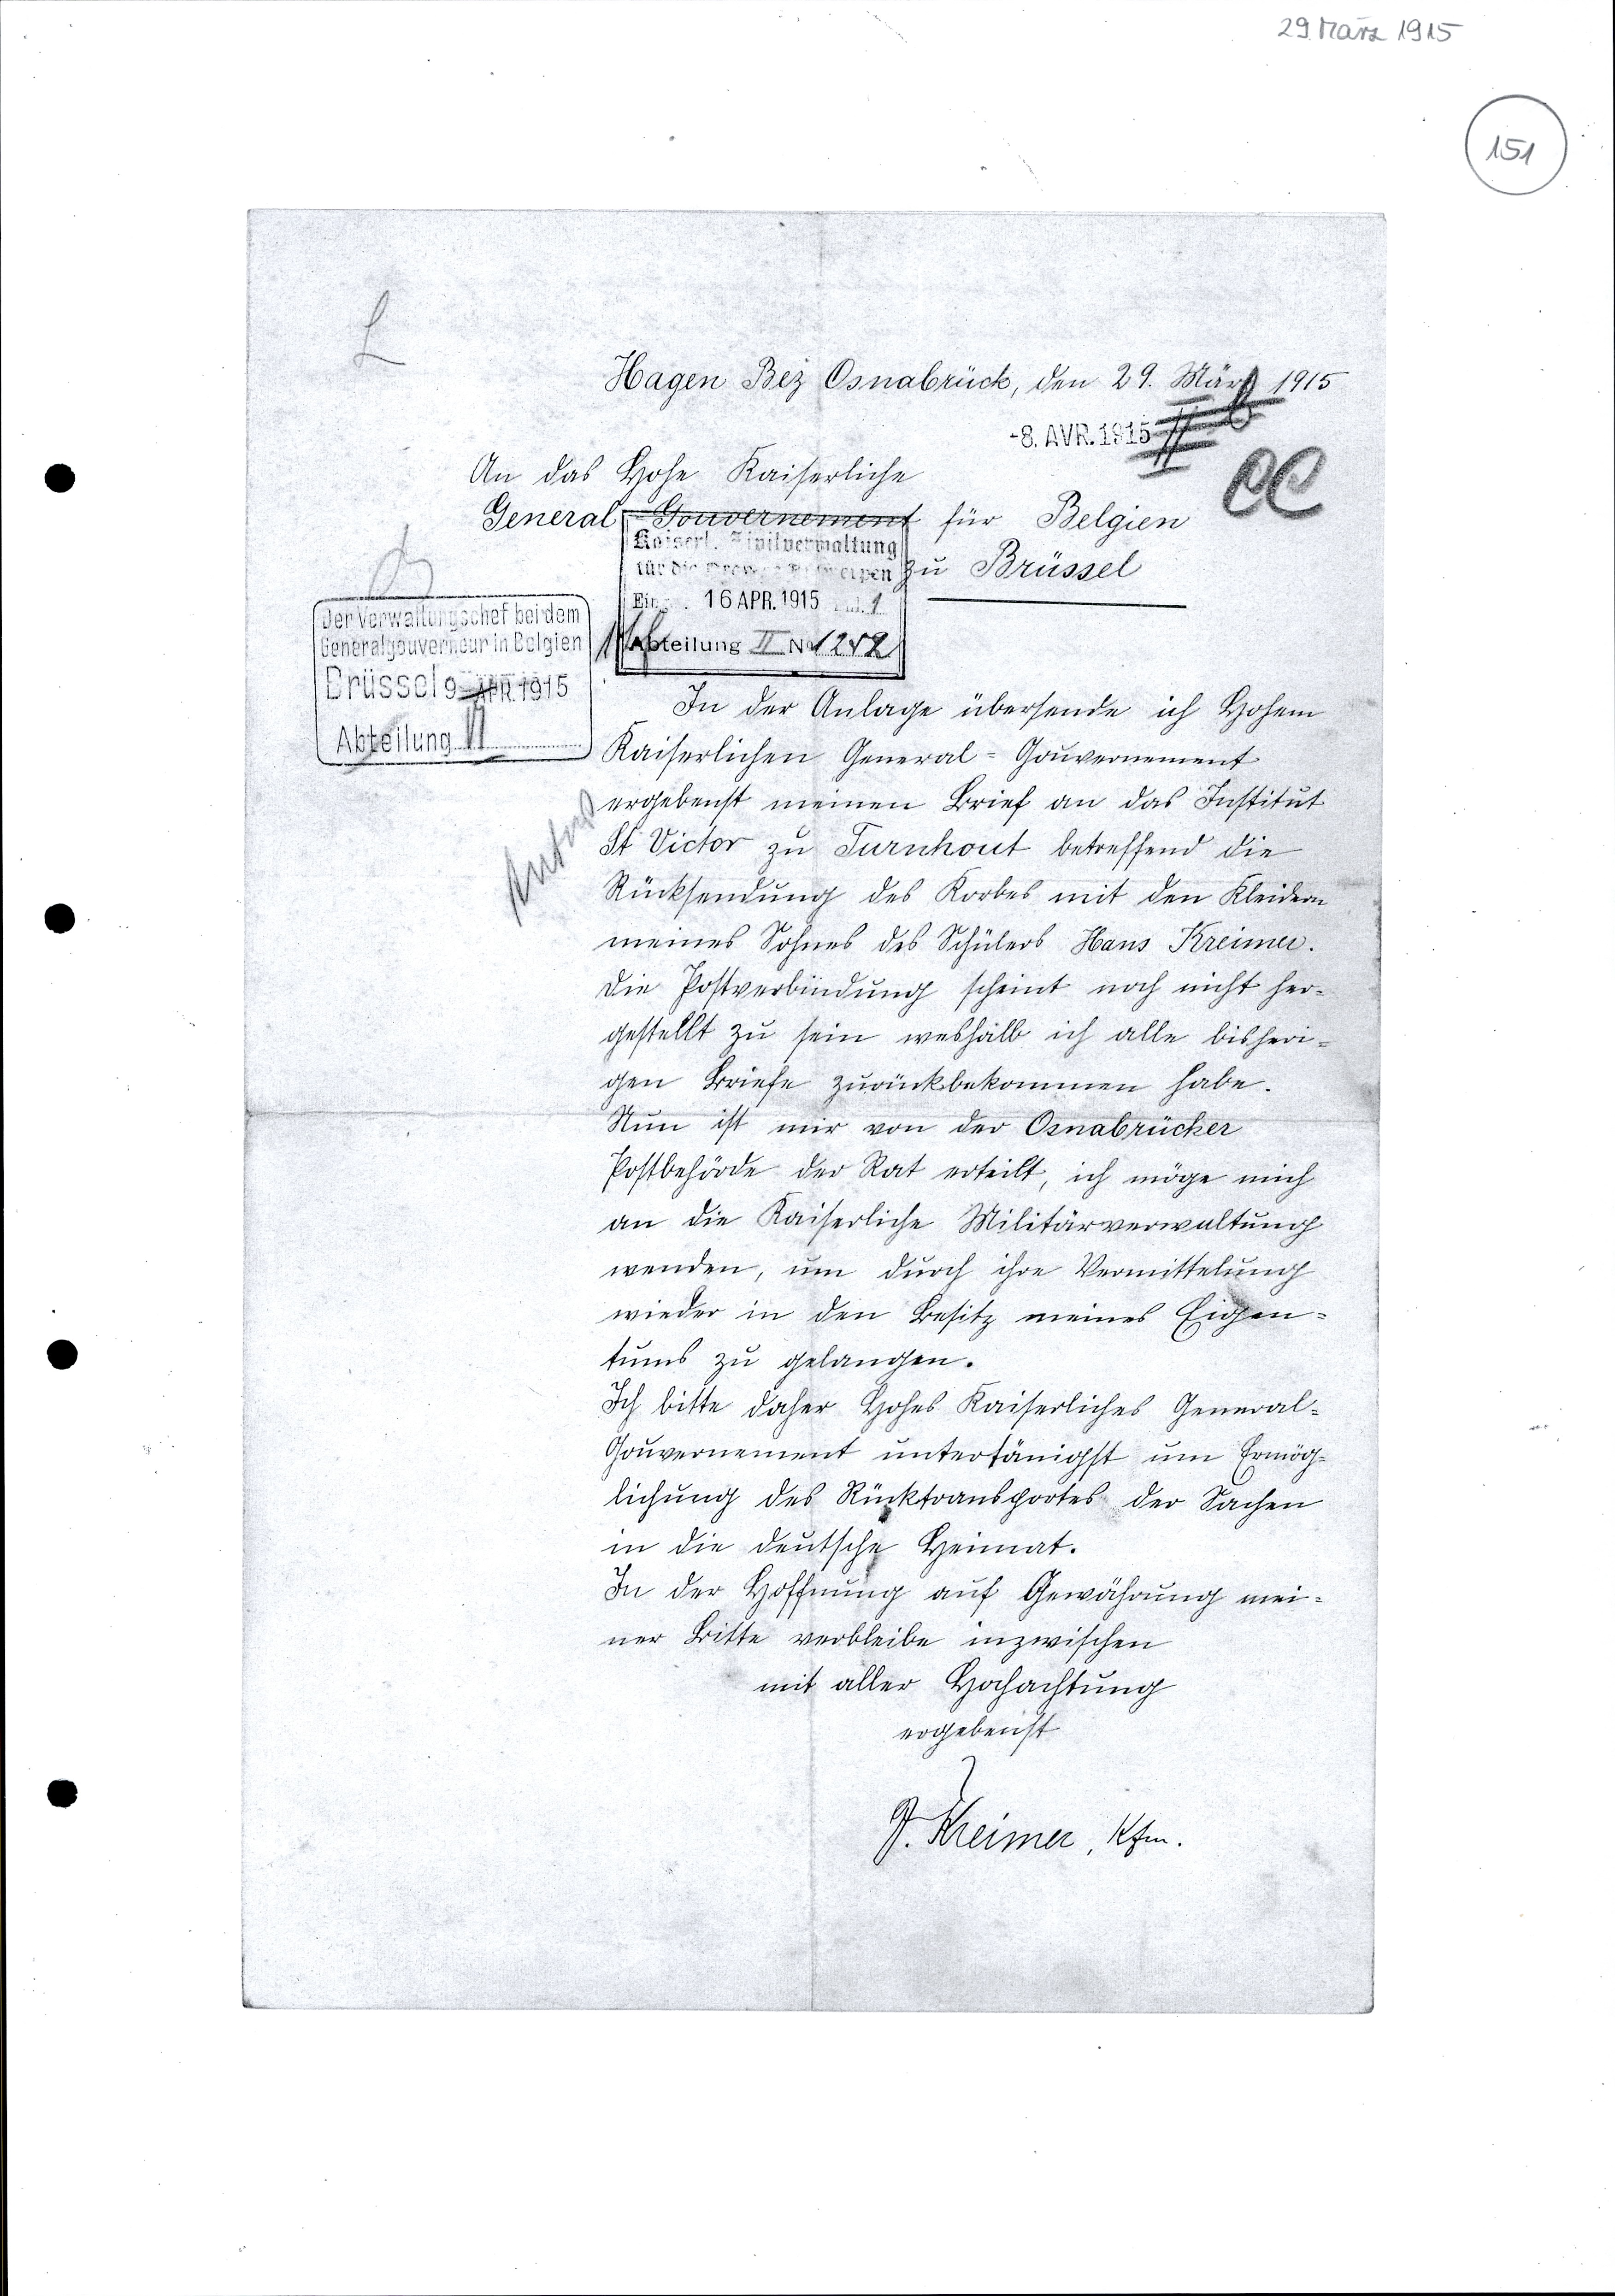
L   Hagen Bez Osnabrück, den 29. März 1915
8. AVR. 1915
II b
CC
An das Hohe Kaiserliche
General Gouvernement für Belgien
zu Brüssel
Antw
In der Anlage übersende ich Hohem
Kaiserlichen General-Gouvernement
ergebenst meinen Brief an das Institut
St. Victor zu Turnhout betreffend die
Rücksendung des Korbes mit den Kleidern
meines Sohnes des Schülers Hans Kreimer.
Die Postverbindung scheint noch nicht her¬
gestellt zu sein weshalb ich alle bisheri¬
gen Briefe zurückbekommen habe.
Nun ist mir von der Osnabrücker
Postbehörde der Rat erteilt, ich möge mich
an die Kaiserliche Militärverwaltung
wenden, um durch ihre Vermittelung
wieder in den Besitz meines Eigen¬
tumes zu gelangen.
Ich bitte daher Hohes Kaiserliches General-
Gouvernement unterthänigst um Ermög¬
lichung des Rücktransportes der Sachen
in die deutsche Heimat.
In der Hoffnung auf Gewährung mei¬
ner Bitte verbleibe inzwischen
mit aller Hochachtung
ergebenst
H. Kreimer Kfm